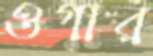
ওগার